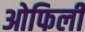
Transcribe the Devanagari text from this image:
ओफिली